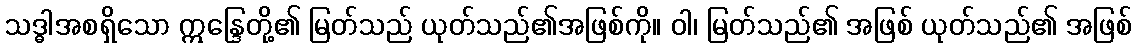
သဒ္ဓါအစရှိသော ဣန္ဒြေတို့၏ မြတ်သည် ယုတ်သည်၏အဖြစ်ကို။ ဝါ၊ မြတ်သည်၏ အဖြစ် ယုတ်သည်၏ အဖြစ်